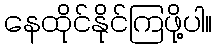
နေထိုင်နိုင်ကြဖို့ပါ။